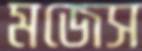
মজেস